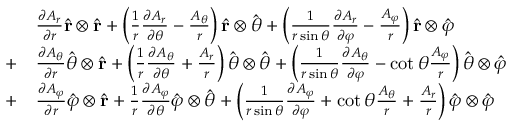
{ \begin{array} { r l } { } & { { \frac { \partial A _ { r } } { \partial r } } { \hat { \mathbf { r } } } \otimes { \hat { \mathbf { r } } } + \left( { \frac { 1 } { r } } { \frac { \partial A _ { r } } { \partial \theta } } - { \frac { A _ { \theta } } { r } } \right) { \hat { \mathbf { r } } } \otimes { \hat { \boldsymbol { \theta } } } + \left( { \frac { 1 } { r \sin \theta } } { \frac { \partial A _ { r } } { \partial \varphi } } - { \frac { A _ { \varphi } } { r } } \right) { \hat { \mathbf { r } } } \otimes { \hat { \boldsymbol { \varphi } } } } \\ { + } & { { \frac { \partial A _ { \theta } } { \partial r } } { \hat { \boldsymbol { \theta } } } \otimes { \hat { \mathbf { r } } } + \left( { \frac { 1 } { r } } { \frac { \partial A _ { \theta } } { \partial \theta } } + { \frac { A _ { r } } { r } } \right) { \hat { \boldsymbol { \theta } } } \otimes { \hat { \boldsymbol { \theta } } } + \left( { \frac { 1 } { r \sin \theta } } { \frac { \partial A _ { \theta } } { \partial \varphi } } - \cot \theta { \frac { A _ { \varphi } } { r } } \right) { \hat { \boldsymbol { \theta } } } \otimes { \hat { \boldsymbol { \varphi } } } } \\ { + } & { { \frac { \partial A _ { \varphi } } { \partial r } } { \hat { \boldsymbol { \varphi } } } \otimes { \hat { \mathbf { r } } } + { \frac { 1 } { r } } { \frac { \partial A _ { \varphi } } { \partial \theta } } { \hat { \boldsymbol { \varphi } } } \otimes { \hat { \boldsymbol { \theta } } } + \left( { \frac { 1 } { r \sin \theta } } { \frac { \partial A _ { \varphi } } { \partial \varphi } } + \cot \theta { \frac { A _ { \theta } } { r } } + { \frac { A _ { r } } { r } } \right) { \hat { \boldsymbol { \varphi } } } \otimes { \hat { \boldsymbol { \varphi } } } } \end{array} }